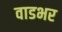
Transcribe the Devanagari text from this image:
वाडभर